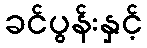
ခင်ပွန်းနှင့်